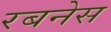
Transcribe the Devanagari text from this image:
रबनेस